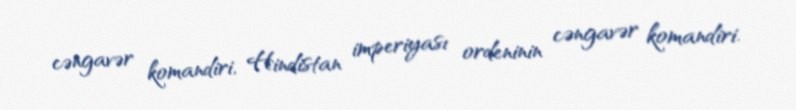
cəngavər komandiri, Hindistan imperiyası ordeninin cəngavər komandiri.